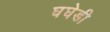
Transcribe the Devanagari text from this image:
घघेडी